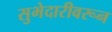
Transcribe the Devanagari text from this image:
सुभेदारीवरून